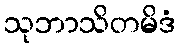
သုဘာသိတမိဒံ